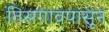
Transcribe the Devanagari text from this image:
तिसगावपासून